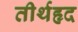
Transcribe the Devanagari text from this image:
तीर्थहृद